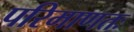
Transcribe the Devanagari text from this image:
परिमाणतः